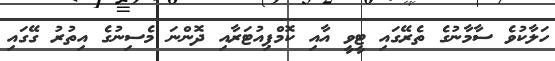
ހަލާކުވެ ސާމާނުގެ ތެރޭގައި ޓީވީ އާއި ކޮމްޕިއުޓަރާއި ދޮންނަ މެސިނުގެ އިތުރު ގޭގައި